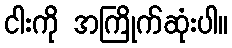
ငါးကို အကြိုက်ဆုံးပါ။